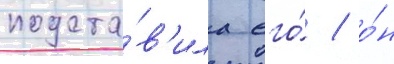
подста́в'ила его́ / о́н